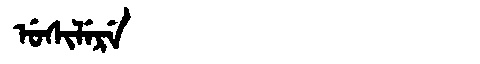
Manchu: ᡠᠰᡳᠯᡝᡵᡝ
Romanization: USILERE